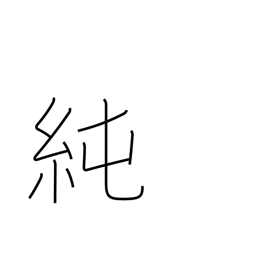
Meaning: purity